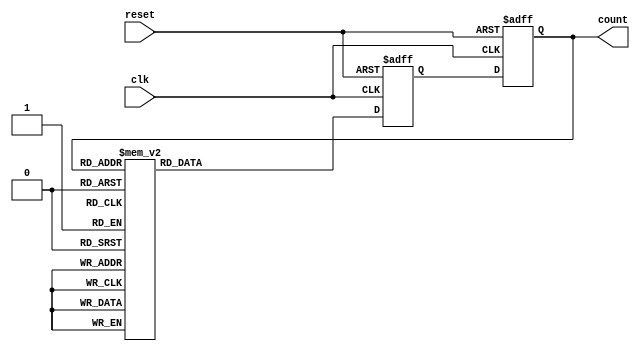
module gray_code_ring_counter (
    input wire clk,
    input wire reset,
    output reg [3:0] count
);

// Define the flip-flops for storing the Gray code states
reg [3:0] next_count;

always @(posedge clk or posedge reset) begin
    if (reset) begin
        count <= 4'b0000;
    end else begin
        count <= next_count;
    end
end

always @(posedge clk or posedge reset) begin
    if (reset) begin
        next_count <= 4'b0001;
    end else begin
        case(count)
            4'b0000: next_count <= 4'b0001;
            4'b0001: next_count <= 4'b0011;
            4'b0011: next_count <= 4'b0010;
            4'b0010: next_count <= 4'b0110;
            4'b0110: next_count <= 4'b0111;
            4'b0111: next_count <= 4'b0101;
            4'b0101: next_count <= 4'b0100;
            4'b0100: next_count <= 4'b1100;
            4'b1100: next_count <= 4'b1101;
            4'b1101: next_count <= 4'b1111;
            4'b1111: next_count <= 4'b1110;
            4'b1110: next_count <= 4'b1010;
            4'b1010: next_count <= 4'b1011;
            4'b1011: next_count <= 4'b1001;
            4'b1001: next_count <= 4'b1000;
            4'b1000: next_count <= 4'b0000;
            default: next_count <= 4'b0000;
        endcase
    end
end

endmodule